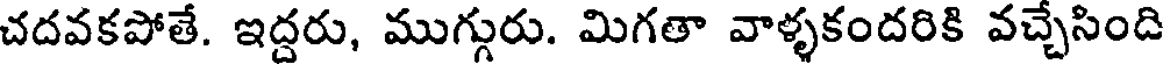
చదవకపోతే. ఇద్దరు, ముగ్గురు. మిగతా వాళ్ళకందరికి వచ్చేసింది